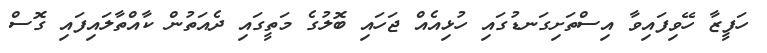
ހަފީޒާ ހޭވިފައިވާ އިސްތަށިގަނޑުގައި ހުޅިއެއް ޖަހައި ބޮލުގެ މަތީގައި ދެއަތުން ކާއްތާލައިފައި ގޮސް